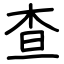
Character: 查